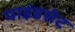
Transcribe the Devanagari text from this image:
माइंडसेट